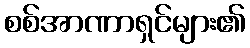
စစ်အာဏာရှင်များ၏